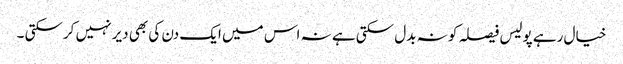
خیال رہے پولیس فیصلہ کو نہ بدل سکتی ہے نہ اس میں ایک دن کی بھی دیر نہیں کرسکتی ۔